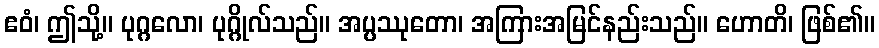
ဧဝံ၊ ဤသို့။ ပုဂ္ဂလော၊ ပုဂ္ဂိုလ်သည်။ အပ္ပဿုတော၊ အကြားအမြင်နည်းသည်။ ဟောတိ၊ ဖြစ်၏။